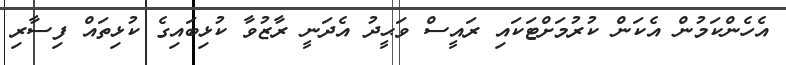
އެހެންކަމުން އެކަން ކުރުމަށްޓަކައި ރައީސް ވަޙީދު އެދަނީ ރާޒުވާ ކުޅިބައިގެ ކުޅިތައް ފިސާރި